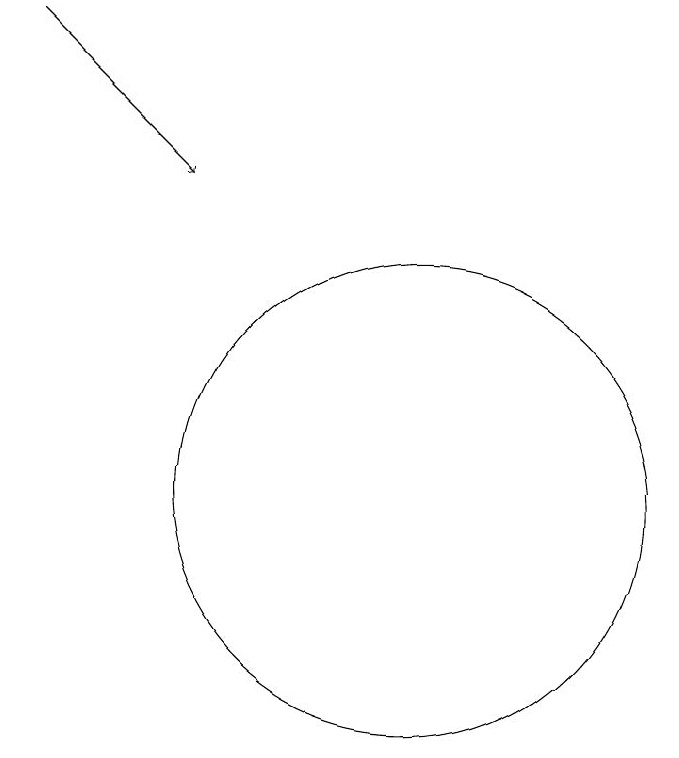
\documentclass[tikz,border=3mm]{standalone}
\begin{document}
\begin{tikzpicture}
\draw[->] (5,17) -- (7,15);
\draw (11,10) circle (0);
\draw (10,11) circle (3);
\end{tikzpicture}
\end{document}